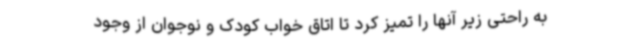
به راحتی زیر آنها را تمیز کرد تا اتاق خواب کودک و نوجوان از وجود